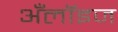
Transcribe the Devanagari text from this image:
अँलॉइज